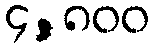
၄,၈၀၀